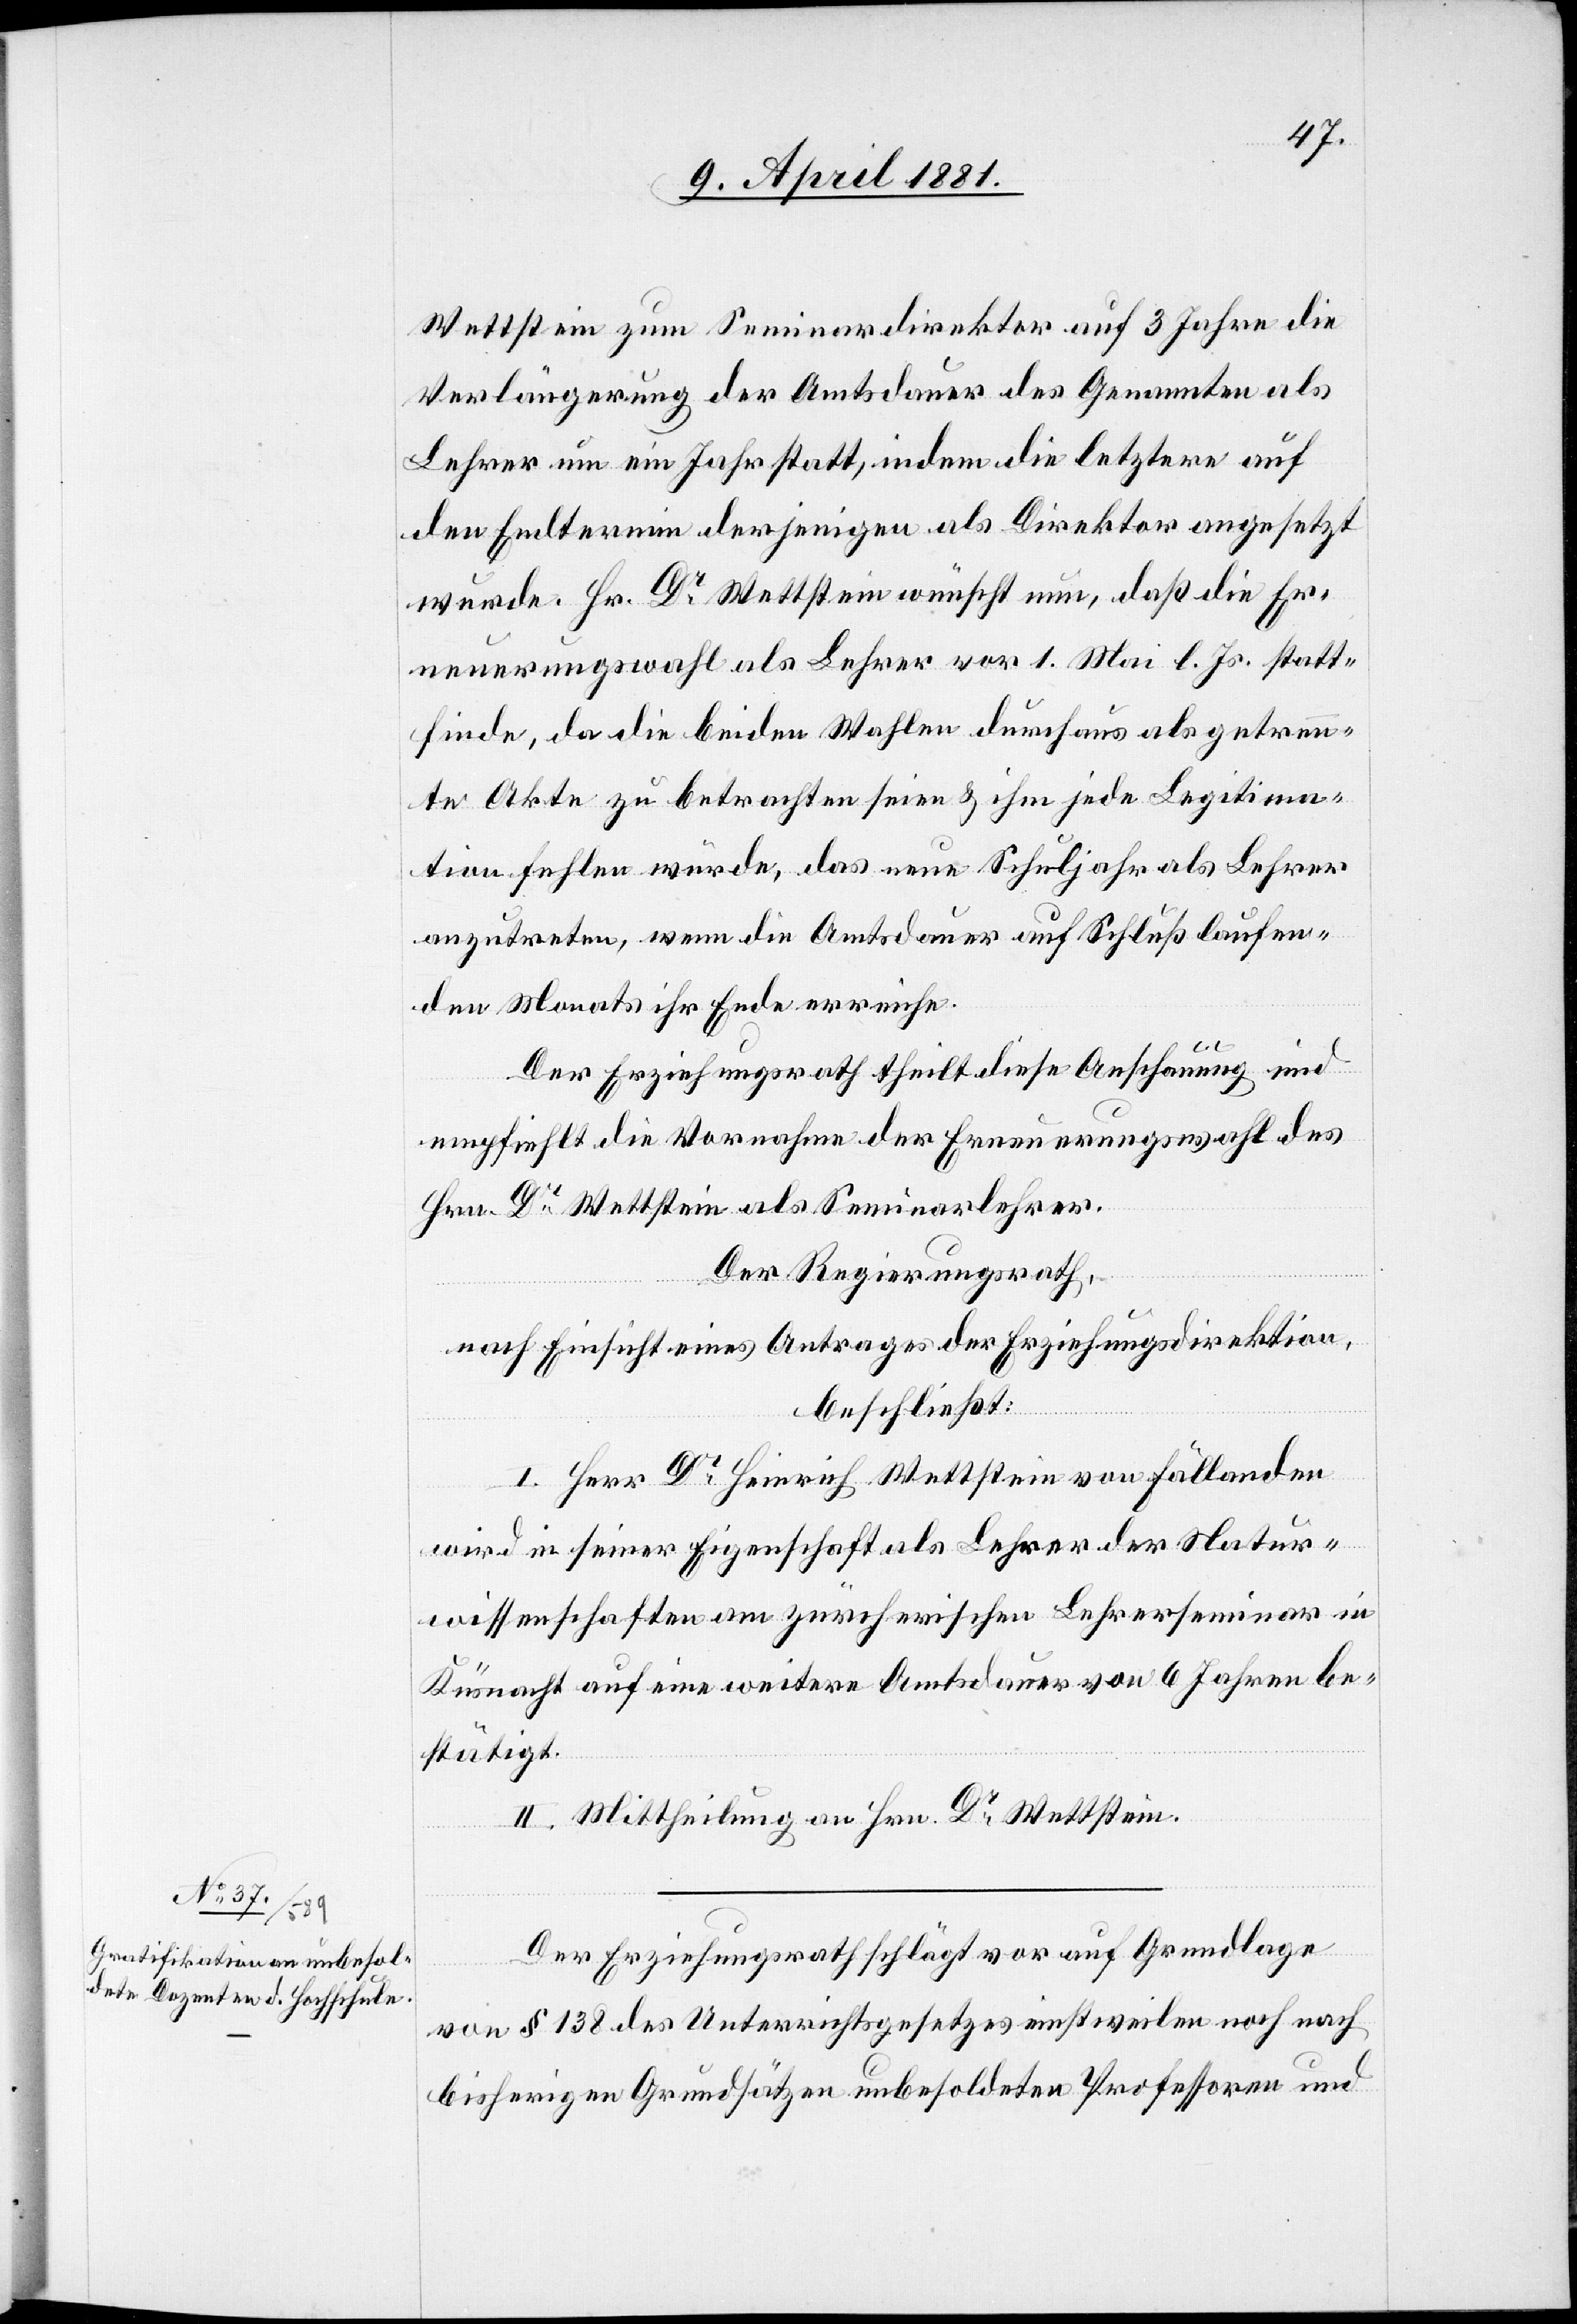
Wettstein zum Seminardirektor auf 3 Jahre die
Verlängerung der Amtsdauer des Genannten als
Lehrer um ein Jahr statt, indem die letztere auf
den Endtermin derjenigen als Direktor angesetzt
wurde. Hr. Dr Wettstein wünscht nun, daß die Er¬
neuerungswahl als Lehrer vor 1. Mai l. Js. statt¬
finde, da die beiden Wahlen durchaus als getrenn¬
te Akte zu betrachten seien & ihm jede Legitima¬
tion fehlen würde, das neue Schuljahr als Lehrer
anzutreten, wenn die Amtsdauer auf Schluß laufen¬
den Monats ihr Ende erreiche.
Der Erziehungsrath theilt diese Anschauung und
empfiehlt die Vornahme der Erneuerungswahl des
Hrn. Dr Wettstein als Seminarlehrer.
Der Regierungsrath,
nach Einsicht eines Antrages der Erziehungsdirektion,
beschließt:
I. Herr Dr Heinrich Wettstein von Fällanden
wird in seiner Eigenschaft als Lehrer der Natur¬
wissenschaften am zürcherischen Lehrerseminar in
Küsnacht auf eine weitere Amtsdauer von 6 Jahren be¬
stätigt.
II. Mittheilung an Hrn. Dr Wettstein.
Der Erziehungsrath schlägt vor auf Grundlage
von § 138 des Unterrichtsgesetzes einstweilen noch nach
bisherigen Grundsätzen unbesoldeten Professoren und